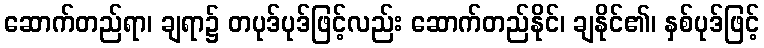
ဆောက်တည်ရာ၊ ချရာ၌ တပုဒ်ပုဒ်ဖြင့်လည်း ဆောက်တည်နိုင်၊ ချနိုင်၏၊ နှစ်ပုဒ်ဖြင့်